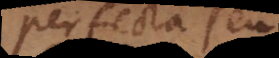
perfecta seu